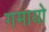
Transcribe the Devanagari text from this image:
गमायो